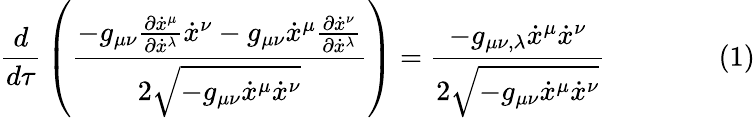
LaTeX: {\frac{d}{d\tau}}\left({\frac{-g_{\mu\nu}{\frac{\partial{\dot{x}}^{\mu}}{\partial{\dot{x}}^{\lambda}}}{\dot{x}}^{\nu}-g_{\mu\nu}{\dot{x}}^{\mu}{\frac{\partial{\dot{x}}^{\nu}}{\partial{\dot{x}}^{\lambda}}}}{2{\sqrt{-g_{\mu\nu}{\dot{x}}^{\mu}{\dot{x}}^{\nu}}}}}\right)={\frac{-g_{\mu\nu,\lambda}{\dot{x}}^{\mu}{\dot{x}}^{\nu}}{2{\sqrt{-g_{\mu\nu}{\dot{x}}^{\mu}{\dot{x}}^{\nu}}}}}\qquad\qquad(1)